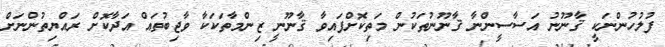
ފުލުހުންނަކީ ޤާނޫނު އަސާސީންނާ ޤާނޫނުތަކުން މަތިކޮށްފައިވާ ޤާނޫނީ ޒިންމާތަކަކާ ވާޖިބުތައް އަދާކޮށް ރައްޔިތުންނަށް